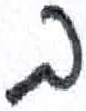
אות: ב